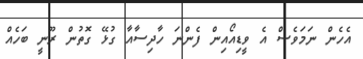
އެހެން ނަމަވެސް އެ ވީޑިއޯއިން ފެންނަ ހާދިސާއާ ގުޅޭ ގޮތުން ރޫނީ ބަހެއް